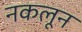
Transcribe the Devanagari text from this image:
नकलून